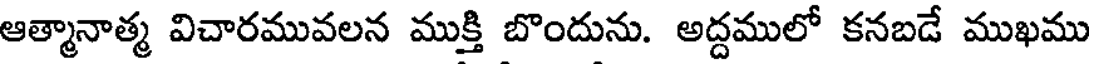
ఆత్మానాత్మ విచారమువలన ముక్తి బొందును. అద్దములో కనబడే ముఖము